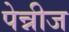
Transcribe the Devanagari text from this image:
पेन्नीज